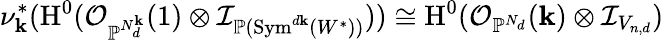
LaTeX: \nu_{\mathbf{k}}^{*}(\operatorname{H}^{0}(\mathcal{{O}}_{\mathbb{{P}}^{N_{d}^{\mathbf{k}}}}(1)\otimes\mathcal{{I}}_{\mathbb{{P}}(\operatorname{Sym}^{d\mathbf{k}}(W^{\ast}))}))\cong\operatorname{H}^{0}(\mathcal{{O}}_{\mathbb{{P}}^{N_{d}}}(\mathbf{k})\otimes\mathcal{{I}}_{V_{n,d}})